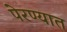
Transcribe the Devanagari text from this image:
पेरण्यात